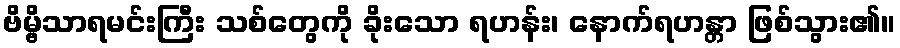
ဗိမ္ဗိသာရမင်းကြီး သစ်တွေကို ခိုးသော ရဟန်း၊ နောက်ရဟန္တာ ဖြစ်သွား၏။